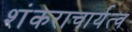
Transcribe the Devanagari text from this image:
शंकराचार्यत्व